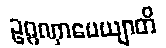
ဥဂ္ဂဏှာပေယျာတိ